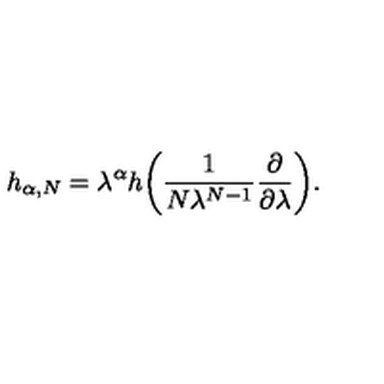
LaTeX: h _ { \alpha , N } = \lambda ^ { \alpha } h \biggl ( \frac { 1 } { N \lambda ^ { N - 1 } } \frac { \partial } { \partial \lambda } \biggr ) .